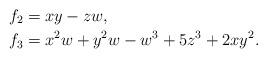
LaTeX: \begin{align*} f_2 &=xy-zw, \\ f_3 &= x^2w + y^2w - w^3 + 5z^3 + 2xy^2. \end{align*}